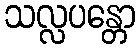
သလ္လပန္တော